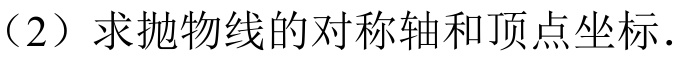
（2）求抛物线的对称轴和顶点坐标.